342_HS1-416511228_319.1 Flying Discs 1949
Agency: Department of War
Incident date: 1/9/50
Page 70
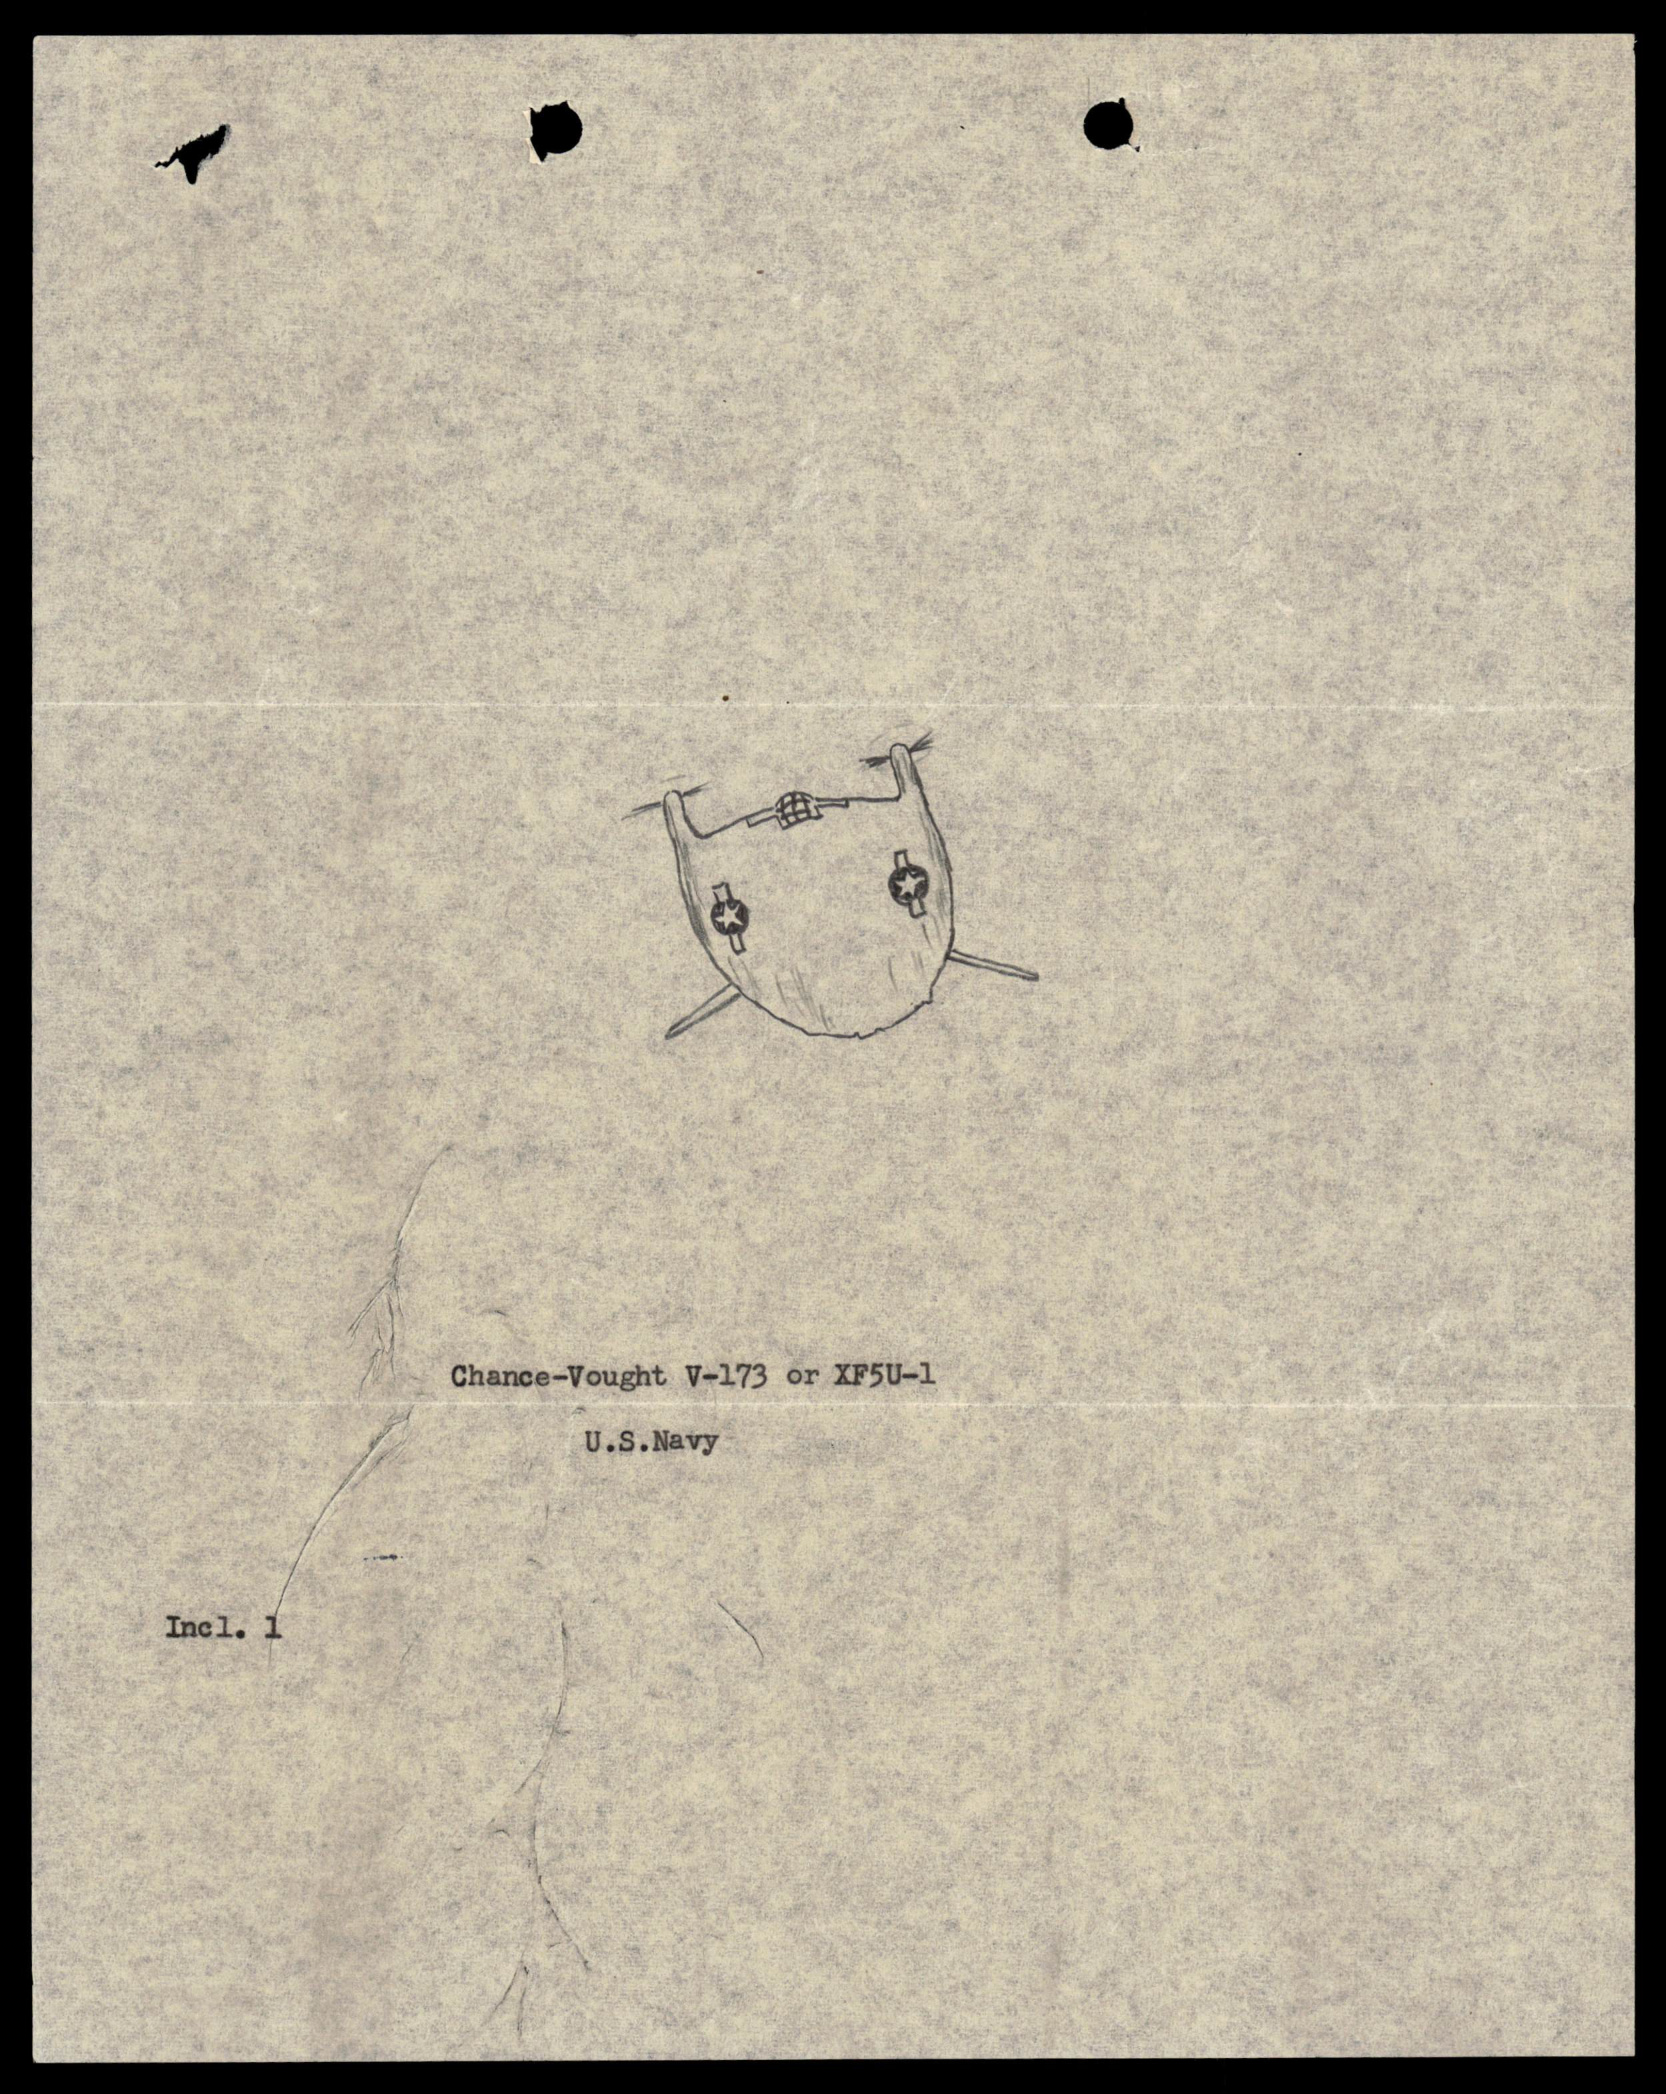